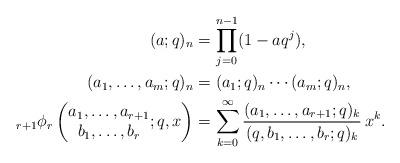
LaTeX: \begin{align*}(a;q)_n&=\prod_{j=0}^{n-1}(1-aq^j), \\(a_1,\dots,a_m;q)_n&=(a_1;q)_n\dotsm (a_m;q)_n, \\{}_{r+1}\phi_r\left(\begin{matrix}a_1,\dots,a_{r+1}\\b_1,\dots,b_r\end{matrix};q,x\right)&=\sum_{k=0}^\infty\frac{(a_1,\dots,a_{r+1};q)_k}{(q,b_1,\dots,b_r;q)_k}\,x^k.\end{align*}